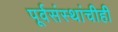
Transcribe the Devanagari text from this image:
पूर्वसंस्थांचीही